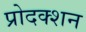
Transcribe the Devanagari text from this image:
प्रोदक्शन